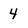
Character: 4